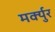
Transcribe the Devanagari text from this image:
मर्क्युर